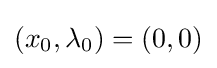
(x_{0},\lambda _{0})=(0,0)